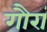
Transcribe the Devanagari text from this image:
गौरां